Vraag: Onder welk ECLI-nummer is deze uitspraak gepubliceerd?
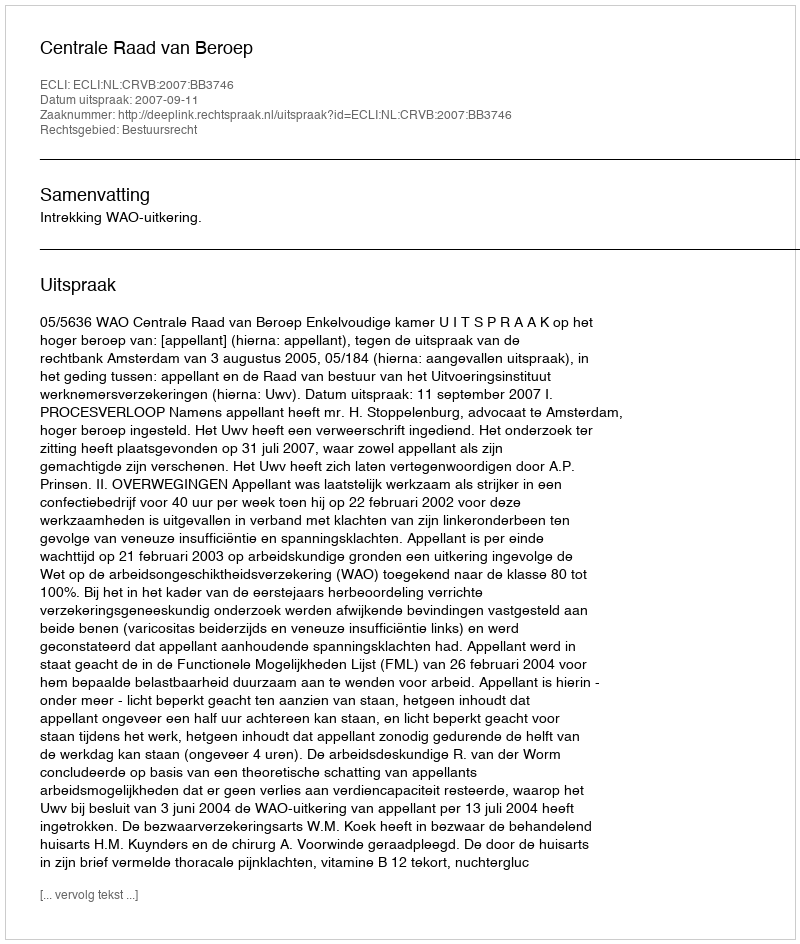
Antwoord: ECLI:NL:CRVB:2007:BB3746